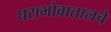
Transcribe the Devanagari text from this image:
घराभोवातालचे